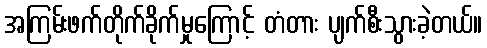
အကြမ်းဖက်တိုက်ခိုက်မှုကြောင့် တံတား ပျက်စီးသွားခဲ့တယ်။